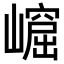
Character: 𡼿